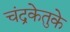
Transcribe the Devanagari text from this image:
चंद्रकेतुके